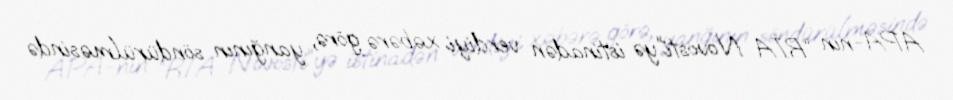
APA-nın “RİA Novosti”yə istinadən verdiyi xəbərə görə, yanğının söndürülməsində